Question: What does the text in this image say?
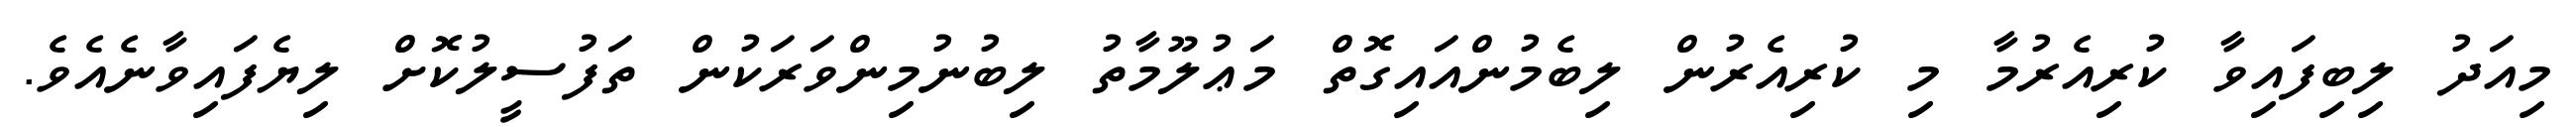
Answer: މިއަދު ލިބިފައިވާ ކުރިއެރުމާ މި ކުރިއެރުން ލިބެމުންއައިގޮތް މަޢުލޫމާތު ލިބުނުމިންވަރަކުން ތަފުސީލުކޮށް ލިޔެފައިވާނެއެވެ.